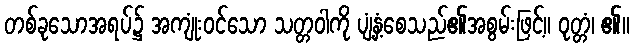
တစ်ခုသောအရပ်၌ အကျုံးဝင်သော သတ္တဝါကို ပျံ့နှံ့စေသည်၏အစွမ်းဖြင့်။ ဝုတ္တံ၊ ၏။